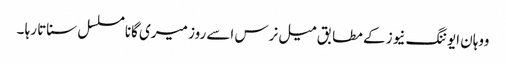
ووہان ایوننگ نیوز کے مطابق میل نرس اسے روز میری گانا مسلسل سناتا رہا ۔